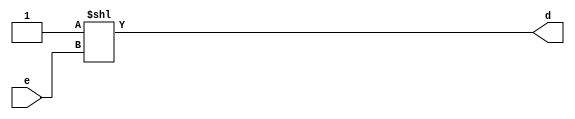
module decoder #(parameter N = 2) (
	input [N-1:0] e,
	output [2**N-1:0] d
);

	wire [2**N-1:0] d0;
	assign d0 = {{(2**N-1){1'b0}}, 1'b1};
	assign d = d0 << e;

endmodule
module mod_mux #(parameter N = 3)(
	input [(2**N)-1:0] A,
	input [0:N-1] S,
	output O
	);
	
	genvar j, k;
	
	wire [2**N-1:0] AA[N:0];
		
	generate
	for (k = 0; k < 2**N; k = k + 1) begin
		assign AA[0][k] = A[k];
	end
	endgenerate
	
	generate
	for (j = 0; j < N; j = j + 1)
	begin: col
		for (k = 0; k < 2**(N-1-j); k = k + 1) 
		begin: row
			MUX #(.N(1)) MUX_(
				.A(AA[j][2*k]),
				.B(AA[j][2*k+1]),
				.S(S[N-j-1]),
				.O(AA[j+1][k])
			);
		end	
	end
	endgenerate
	
	assign O = AA[N][0];
	
endmodule